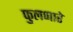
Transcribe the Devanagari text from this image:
फुलणारे